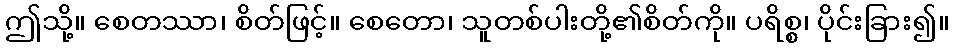
ဤသို့။ စေတဿာ၊ စိတ်ဖြင့်။ စေတော၊ သူတစ်ပါးတို့၏စိတ်ကို။ ပရိစ္စ၊ ပိုင်းခြား၍။